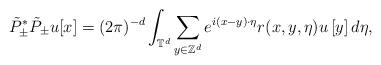
LaTeX: \begin{align*}\tilde P_\pm^* \tilde P_\pm u[x]=(2\pi)^{-d}\int_{\mathbb{T}^d}\sum_{y\in\mathbb{Z}^d} e^{i(x-y)\cdot\eta} r(x,y,\eta) u\left[y\right] d\eta,\end{align*}